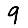
Digit: 9